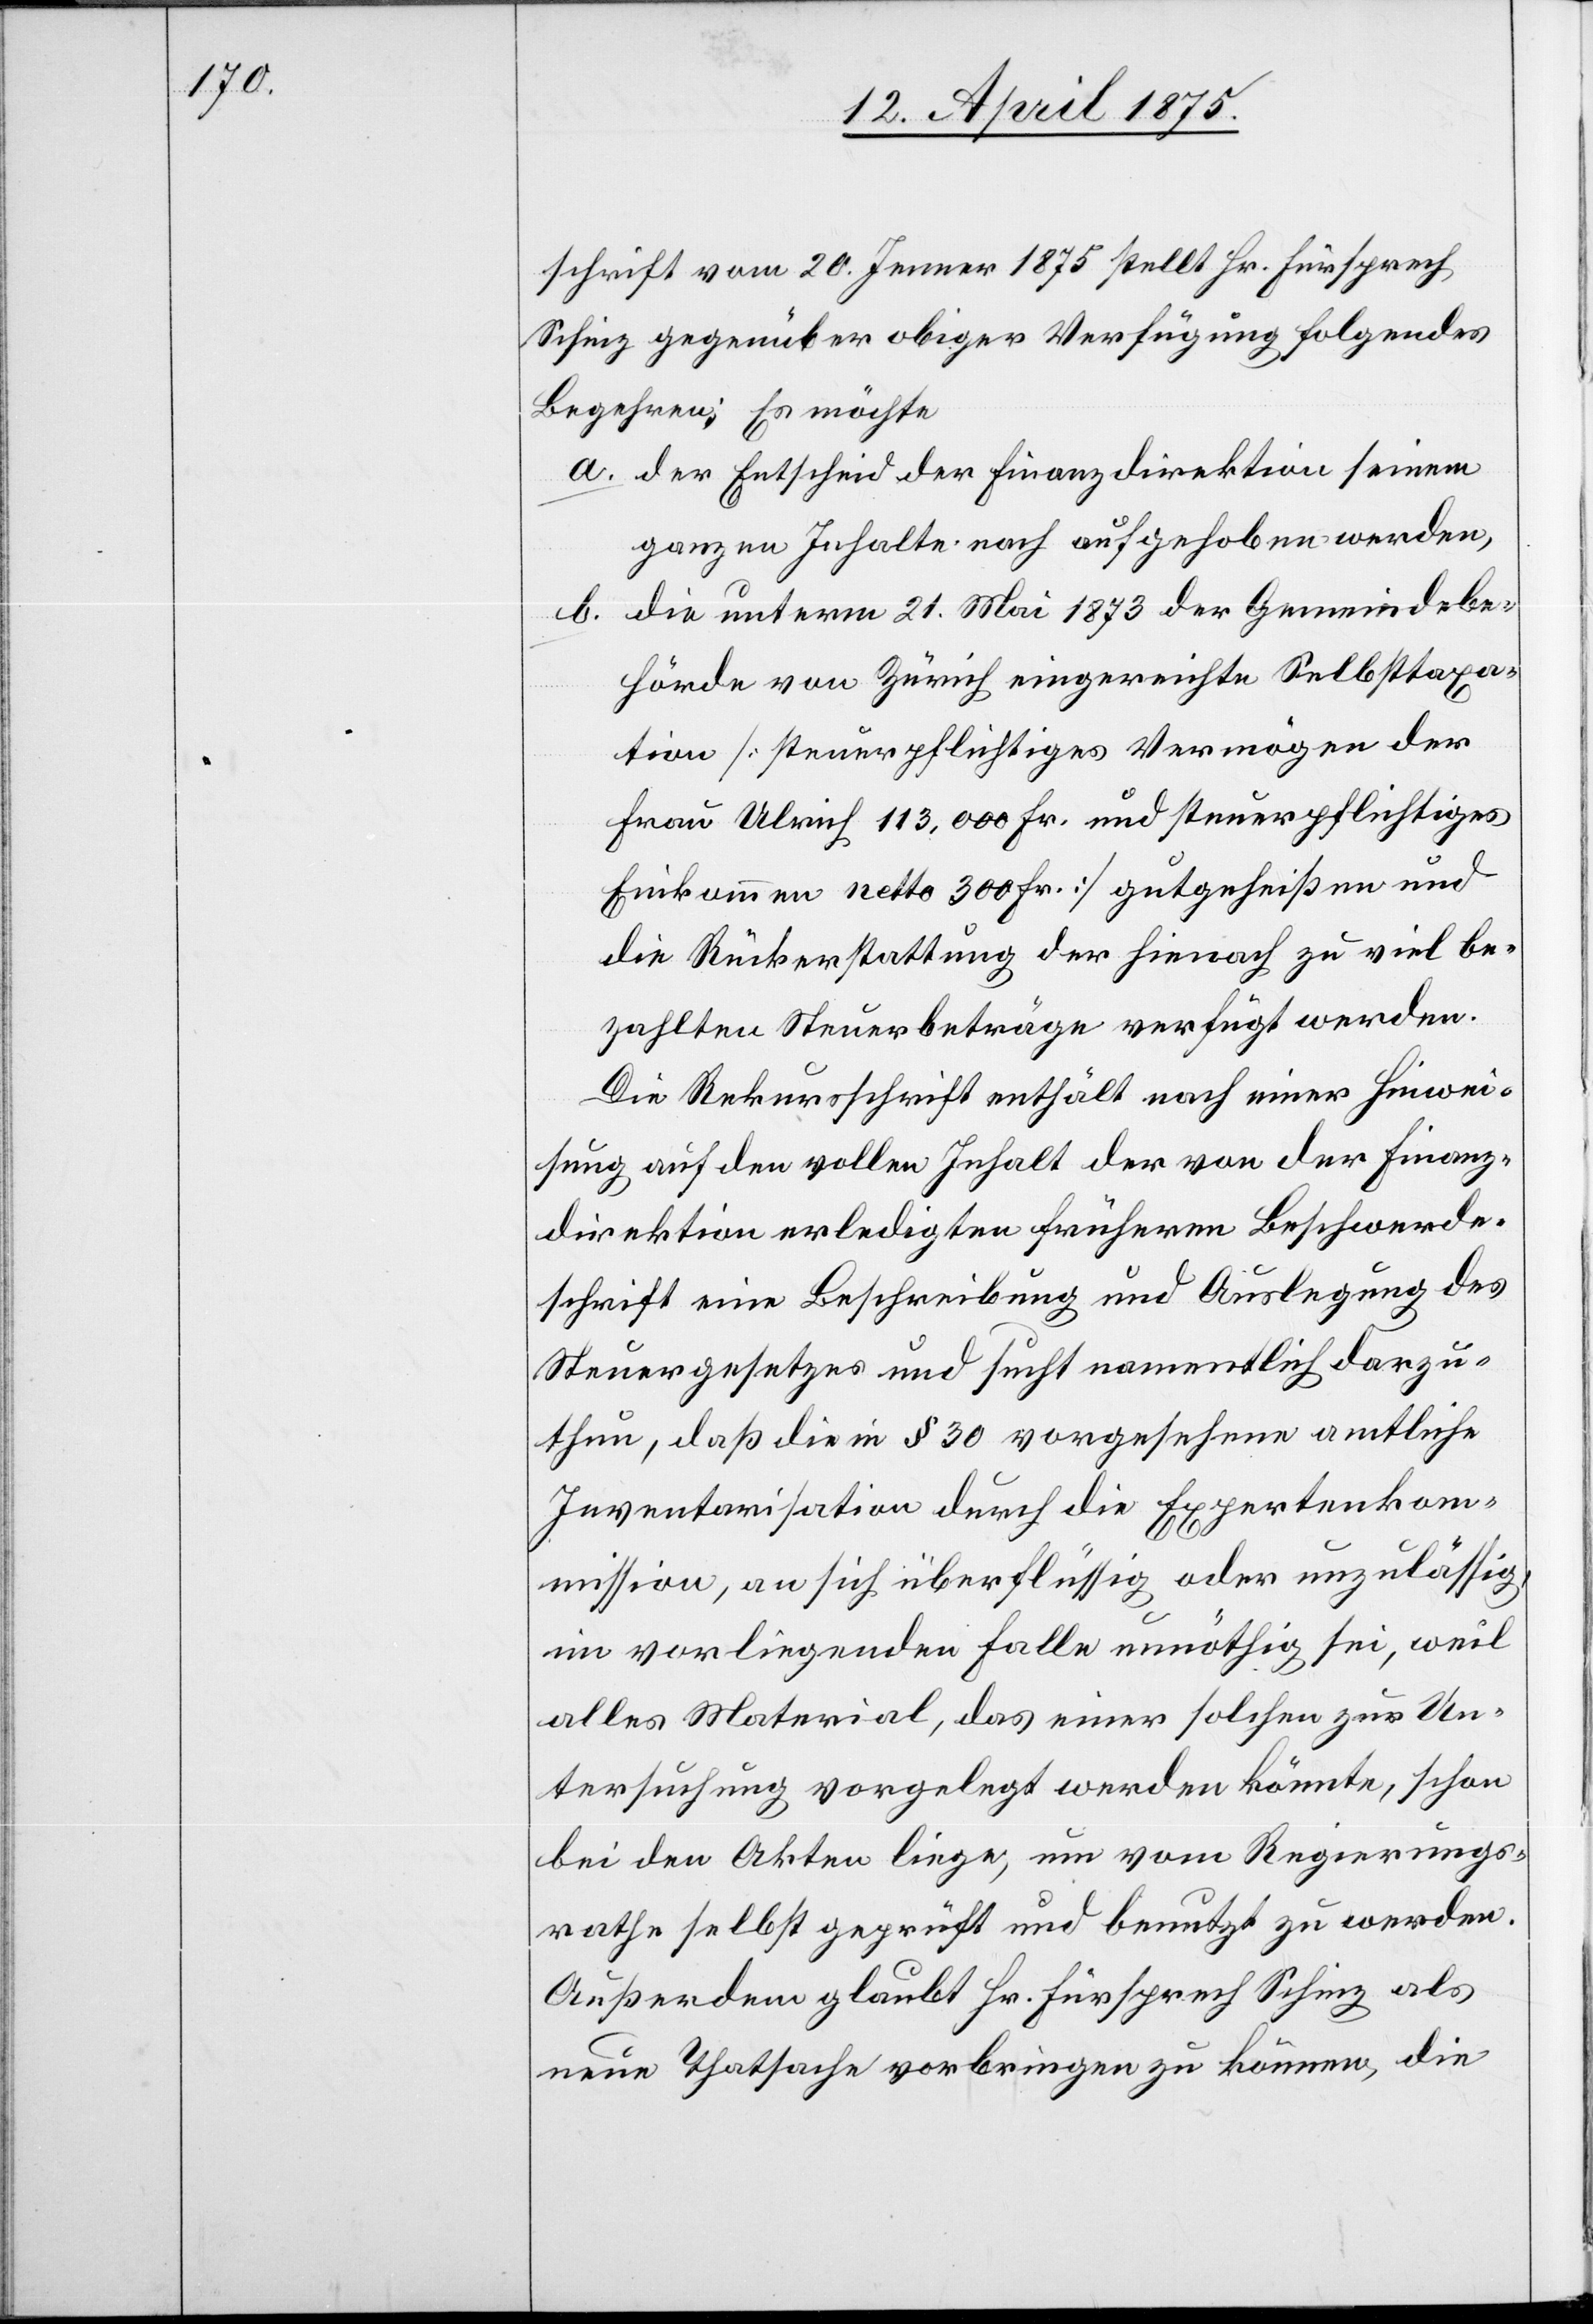
schrift vom 20. Jenner 1875 stellt Hr. Fürsprech
Schinz gegenüber obiger Verfügung folgendes
a. der Entscheid der Finanzdirektion seinem
ganzen Inhalte nach aufgehoben werden,
die unterm 21. Mai 1873 der Gemeindebe¬
b.
hörde von Zürich eingereichte Selbsttaxa¬
tion [steuerpflichtiges Vermögen der
Frau Ulrich 113,000 Fr. und steuerpflichtiges
Einkommen netto 300 Fr.] gutgeheißen und
die Rückerstattung der hienach zu viel be¬
zahlten Steuerbeträge verfügt werden.
Die Rekursschrift enthält nach einer Hinwei¬
sung auf den vollen Inhalt der von der Finanz¬
direktion erledigten früheren Beschwerde¬
schrift eine Beschreibung und Auslegung des
Steuergesetzes und sucht namentlich darzu¬
thun, daß in § 30 vorgesehene amtliche
Inventarisation durch die Expertenkom¬
mission, an sich überflüssig oder unzulässig,
im vorliegenden Falle unnöthig sei, weil
alles Material, das einer solchen zur Un¬
terstützung vorgelegt werden könnte, schon
bei den Akten liege, um vom Regierungs¬
rathe selbst geprüft und benutzt zu werden.
Außerdem glaubt Hr. Fürsprech Schinz als
neue Thatsache vorbringen zu können, die